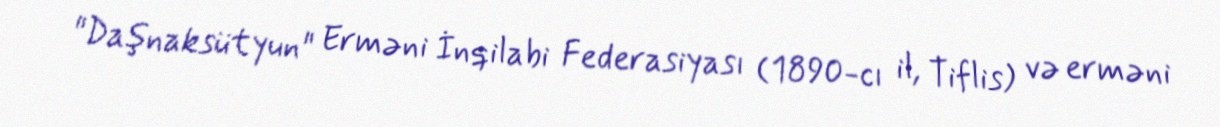
"Daşnaksütyun" Erməni İnqilabi Federasiyası (1890-cı il, Tiflis) və erməni